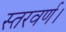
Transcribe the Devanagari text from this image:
स्तरवर्ण।